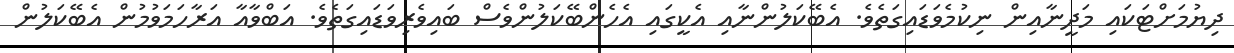
ދިޔުމަށްޓަކައި މަދީނާއިން ނިކުމެވަޑައިގަތެވެ. އެބޭކަލުންނާއި އެކީގައި އެހެންބޭކަލުންވެސް ބައިވެރިވަޑައިގަތެވެ. އަބްވާއާ އަރާހަމަވުމުން އެބޭކަލުން